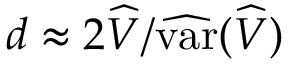
d \approx 2 \widehat { V } / \widehat { \mathrm { v a r } } ( \widehat { V } )